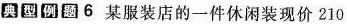
典型例题6某服装店的一件休闲装现价2 1 0